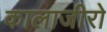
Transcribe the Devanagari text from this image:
कालाजीरो